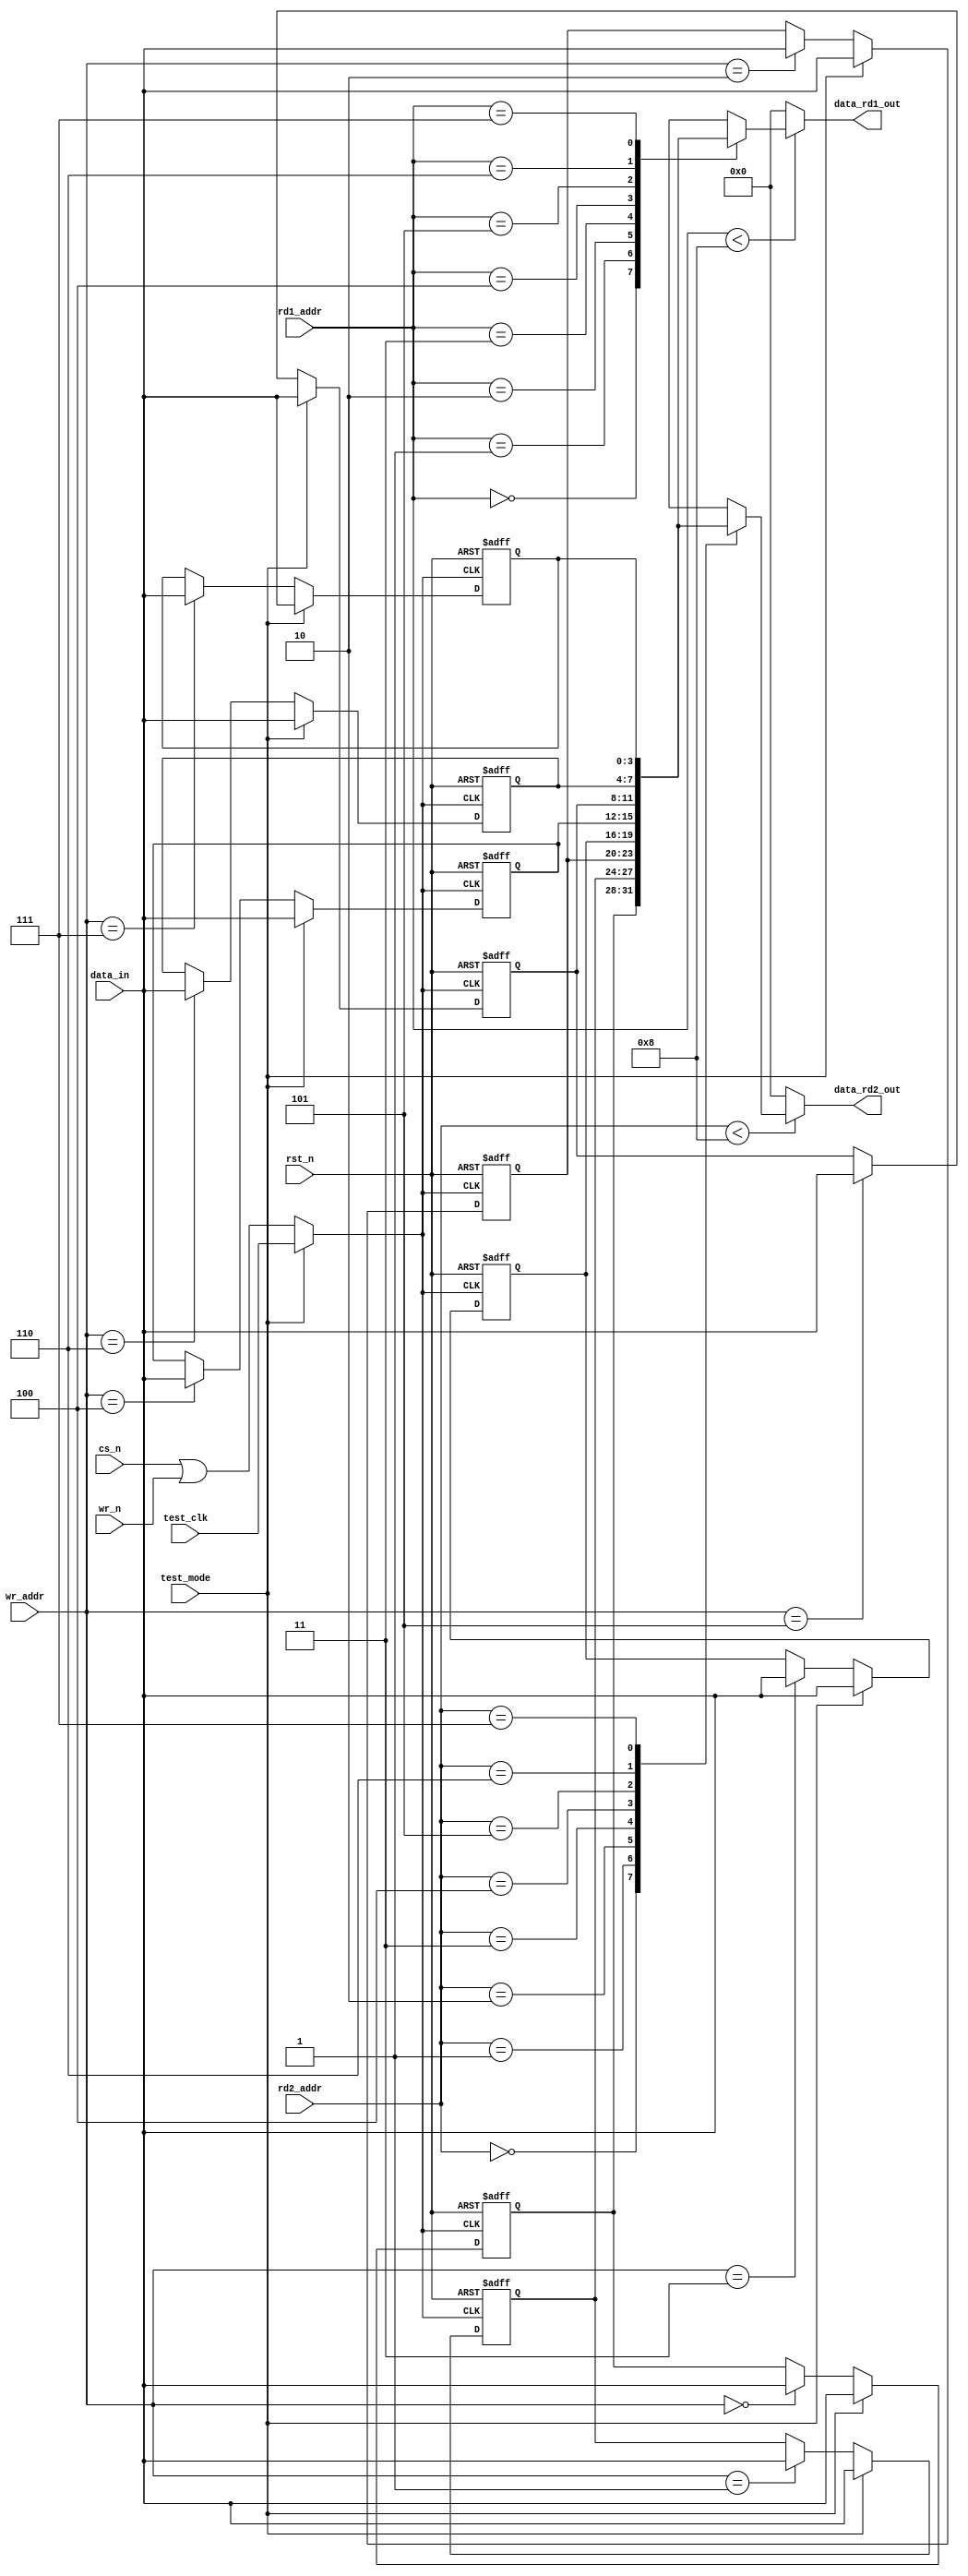

////////////////////////////////////////////////////////////////////////////////
////////////////////////////////////////////////////////////////////////////////
// ABSTRACT:  Dual port (1 write port, 1 read port) DFF based RAM
//            with parameter driven retiming register insertion
//
//              Parameters:     Valid Values
//              ==========      ============
//	 	data_width     	[ 1 to 256 ]
//	 	depth     	[ 2 to 256 ]
//	 	rst_mode     	[ 0 or 1 ]
//              
//              Input Ports     Size    Description
//              ============    ====    ===========
//	        rst_n           1 bit	Active Low asynchronous Reset
//	        cs_n            1 bit	Active Low Chip Select
//	        wr_n            1 bit	Active Low Write Control
//		test_mode	1 bit	Active High test mode select
//		test_clk	1 bit	Positive edge triggered test clock
//              rd1_addr        N bits  Read Port 1 Address
//              rd2_addr        N bits  Read Port 2 Address
//              wr_addr         N bits  Write Address
//	        data_in         W bits  Input Data (for writes)
//
//              Output Port     Size    Description
//              ============    ====    ===========
//	        data_rd1_out	W bits	Read Port 1 Output Data
//	        data_rd2_out	W bits	Read Port 2 Output Data
//
//                Note: N is defined as addr_width - a parameter which should
//                      be set (by the parent design) to ceil( log2( depth ) )
//
//                      W is defined as the data_width parameter
//
//
//	MODIFIED:
//
////////////////////////////////////////////////////////////////////////////////


  module DW_ram_2r_w_a_dff (
	rst_n,
	cs_n,
	wr_n,
	test_mode,
	test_clk,
        rd1_addr,
        rd2_addr,
	wr_addr,
	data_in,
	data_rd1_out,
	data_rd2_out
	);

   parameter data_width = 4;	// RANGE 1 to 256
   parameter depth = 8;		// RANGE 2 to 256
   parameter rst_mode = 0;	// RANGE 0 to 1

   localparam DW_addr_width = ((depth>256)?((depth>4096)?((depth>16384)?((depth>32768)?16:15):((depth>8192)?14:13)):((depth>1024)?((depth>2048)?12:11):((depth>512)?10:9))):((depth>16)?((depth>64)?((depth>128)?8:7):((depth>32)?6:5)):((depth>4)?((depth>8)?4:3):((depth>2)?2:1))));

   input 			rst_n;		// active low reset
   input 			cs_n;		// active low RAM select
   input 			wr_n;		// active low RAM write enable
   input			test_mode;	// active high test mode select
   input			test_clk;	// posedge test clock
   input [DW_addr_width-1:0]	rd1_addr;	// RAM read port 1 address bus
   input [DW_addr_width-1:0]	rd2_addr;	// RAM read port 2 address bus
   input [DW_addr_width-1:0]	wr_addr;	// RAM write address bus
   input [data_width-1:0]	data_in;	// RAM write data input bus

   output [data_width-1:0]	data_rd1_out;	// RAM read port 1 output bus
   output [data_width-1:0]	data_rd2_out;	// RAM read port 2 output bus


   reg [data_width-1:0]		mem [0 : depth-1];

   wire				mem_clk;


  assign mem_clk = (test_mode == 1'b1)? test_clk : (cs_n | wr_n);
  
  generate if (rst_mode == 0) begin : BLK_regs
    always @ (posedge mem_clk or negedge rst_n) begin : PROC_mem_array_regs
      integer i;

      if (rst_n == 1'b0) begin
	//synthesis loop_limit 2000
	for (i=0 ; i < depth ; i=i+1)
	  mem[i] <= {data_width{1'b0}};
      end else begin

	if (test_mode == 1'b1) begin
	  //synthesis loop_limit 2000
	  for (i=0 ; i < depth ; i=i+1)
	    mem[i] <= data_in;
	end else
	  mem[wr_addr] <= data_in;
      end
    end
  end else begin
    always @ (posedge mem_clk) begin : PROC_mem_array_regs
      integer i;
      if (test_mode == 1'b1) begin
	//synthesis loop_limit 2000
	for (i=0 ; i < depth ; i=i+1)
	  mem[i] <= data_in;
      end else
	mem[wr_addr] <= data_in;
    end
  end endgenerate

  assign data_rd1_out = (rd1_addr < depth)? mem[rd1_addr] : {data_width{1'b0}};

  assign data_rd2_out = (rd2_addr < depth)? mem[rd2_addr] : {data_width{1'b0}};

endmodule